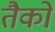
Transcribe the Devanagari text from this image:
तैको